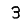
Digit: 3